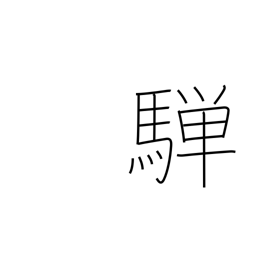
Meaning: dappled grey horse